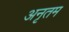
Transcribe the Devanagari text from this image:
अनृतम